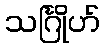
သင်္ဂြိုဟ်